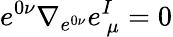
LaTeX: e^{0\nu}\nabla_{e^{0\nu}}e_{~\mu}^{I}=0